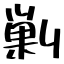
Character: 剿